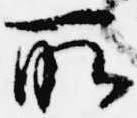
所